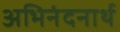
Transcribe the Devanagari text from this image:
अभिनंदनार्थ